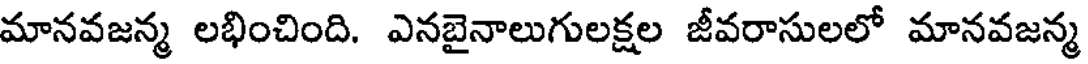
మానవజన్మ లభించింది. ఎనబైనాలుగులక్షల జీవరాసులలో మానవజన్మ